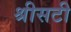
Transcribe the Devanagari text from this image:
श्रीसटी